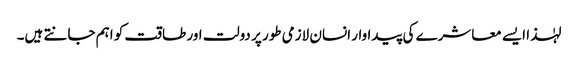
لہٰذا ایسے معاشرے کی پیداوار انسان لازمی طور پر دولت اور طاقت کو اہم جانتے ہیں۔